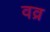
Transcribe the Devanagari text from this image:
वव्र